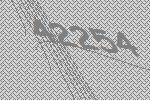
42254